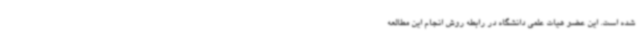
شده است. این عضو هیات علمی دانشگاه در رابطه روش انجام این مطالعه